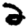
Digit: 2